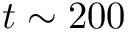
t \sim 2 0 0